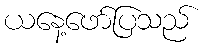
ယနေ့ဖော်ပြသည်